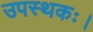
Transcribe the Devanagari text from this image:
उपस्थकः।